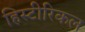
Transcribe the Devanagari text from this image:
हिस्टीरिकल